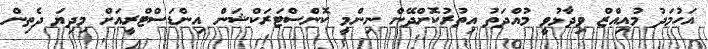
އަހުމަދު މުއިއްޒް ވިދާޅުވީ މުއްދަތު އިތުރުކޮށްދޭން ނިންމީ ކޮންސްޓަރަކްޝަން އިންޑަސްޓްރީއަށް މިދިޔަ ދެތިން